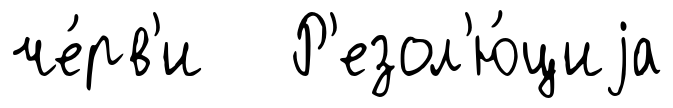
че́рв'и Р'езол'ю́циjа